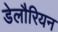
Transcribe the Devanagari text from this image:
डेलौरियन